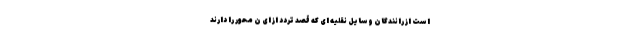
است از رانندگان وسایل نقلیه ای که قصد تردد از ای ن محور را دارند